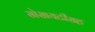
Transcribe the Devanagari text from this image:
सोसायटीसह